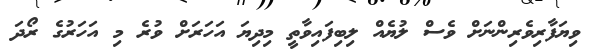
ވިޔަފާރިވެރިންނަށް ވެސް ލުޔެއް ލިބިފައިވާތީ މިދިޔަ އަހަރަށް ވުރެ މި އަހަރުގެ ރޯދަ